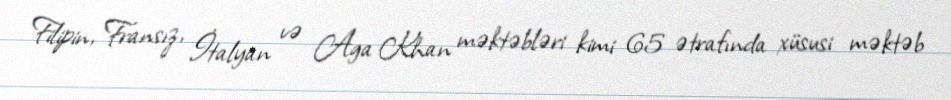
Filipin, Fransız, İtalyan və Aga Khan məktəbləri kimi 65 ətrafında xüsusi məktəb